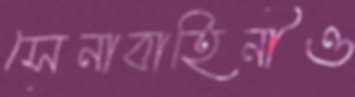
সেনাবাহিনীও